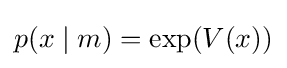
p(x\mid m)=\exp(V(x))